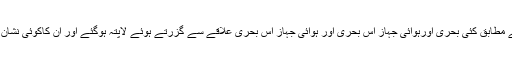
ان واقعات کے مطابق کئی بحری اورہوائی جہاز اس بحری اور ہوائی جہاز اس بحری علاقے سے گزرتے ہوئے لاپتہ ہوگئے اور ان کاکوئی نشان بھی نہیں ملا۔